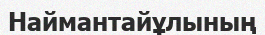
Наймантайұлының